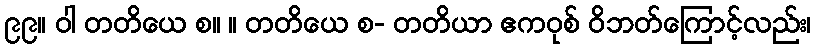
၉၉။ ဝါ တတိယေ စ။ ။ တတိယေ စ- တတိယာ ဧကဝုစ် ဝိဘတ်ကြောင့်လည်း၊